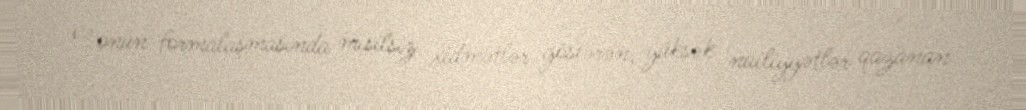
və onun formalaşmasında misilsiz xidmətlər göstərən, yüksək nailiyyətlər qazanan